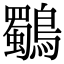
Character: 鸀